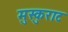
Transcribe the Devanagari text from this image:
मुस्कुराट